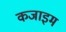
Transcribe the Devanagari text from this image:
कजाइम